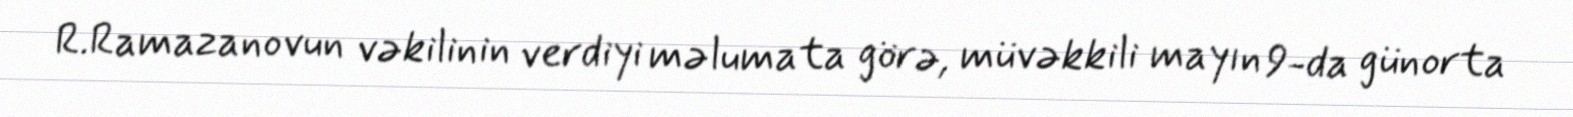
R.Ramazanovun vəkilinin verdiyi məlumata görə, müvəkkili mayın 9-da günorta